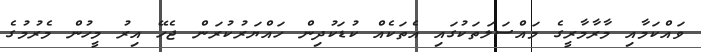
ވައްކަމާއި މާރާމާރީގެ މައްސަލަތަކުގައި އެތަކެއް ކުޑަކުދިން ހައްޔަރުކުރަން ޖެހޭ އިރު މީހުން މެރުމުގެ